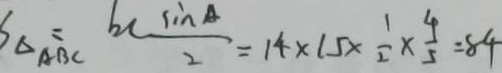
S _ { \Delta A B C } = b c \frac { \sin A } { 2 } = 1 4 \times 1 5 \times \frac { 1 } { 2 } \times \frac { 4 } { 5 } = 8 4